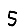
Digit: 5